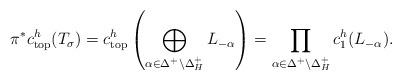
LaTeX: \begin{align*} \pi^{*}c^{h}_{{\rm top}}(T_{\sigma}) = c^{h}_{{\rm top}} \left (\bigoplus_{\alpha \in \Delta^{+} \setminus \Delta_{H}^{+}} L_{-\alpha} \right ) = \prod_{\alpha \in \Delta^{+} \setminus \Delta_{H}^{+}} c^{h}_{1}(L_{-\alpha}). \end{align*}